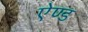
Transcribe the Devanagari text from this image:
एेण्ड